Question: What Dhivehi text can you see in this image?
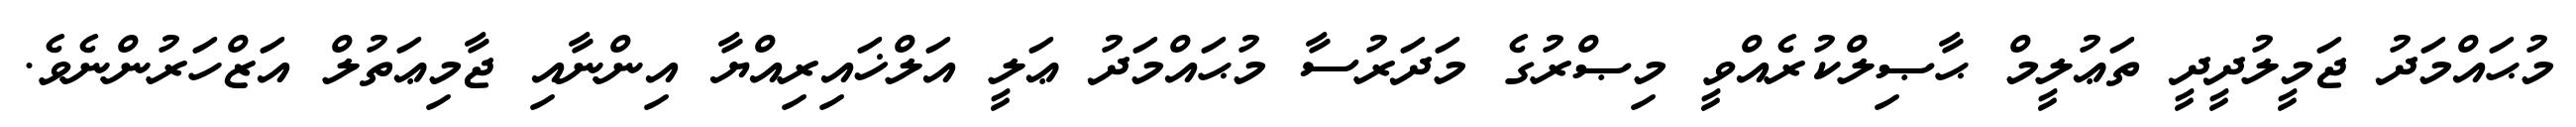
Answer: މުޙައްމަދު ޖަމީލުދީދީ ތަޢުލީމް ޙާޞިލްކުރެއްވީ މިޞްރުގެ މަދަރުސާ މުޙައްމަދު ޢަލީ އަލްޚައިރިއްޔާ އިންނާއި ޖާމިޢަތުލް އަޒްހަރުންނެވެ.